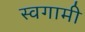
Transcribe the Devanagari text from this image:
स्वगामी